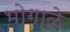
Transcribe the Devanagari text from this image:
भोगाळे